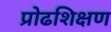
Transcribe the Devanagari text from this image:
प्रोढशिक्षण